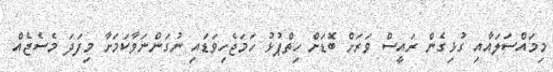
މިމައްސަލައާއި ގުޅިގެން ރައީސް ވަރަށް ބޮޑަށް ހިތްޕުޅު ހަމަޖެހިވަޑައި ނުގަންނަވާކަމަށާ މިފަދަ މެސެޖެއް